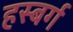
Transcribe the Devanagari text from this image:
हस्बर्ग